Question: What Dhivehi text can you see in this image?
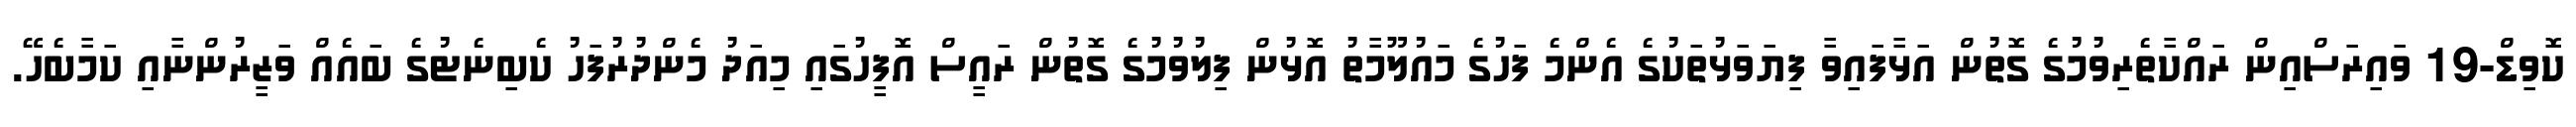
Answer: ކޮވިޑް-19 ވައިރަސްއިން ރައްކާތެރިވުމުގެ ގޮތުން އަޅާފައިވާ ފިޔަވަޅުތަކުގެ އެންމެ ފަހުގެ މައުލޫމާތު އޮޅުން ފިލުވުމުގެ ގޮތުން ރައީސް އޮފީހުގައި މިއަދު މެންދުރުފަހު ކެބިނެޓުގެ ބައެއް ވަޒީރުންނާއި ކަމާބެހޭ.